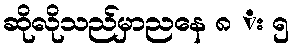
ဆိုလိုသည်မှာညနေ ၈ း ၅